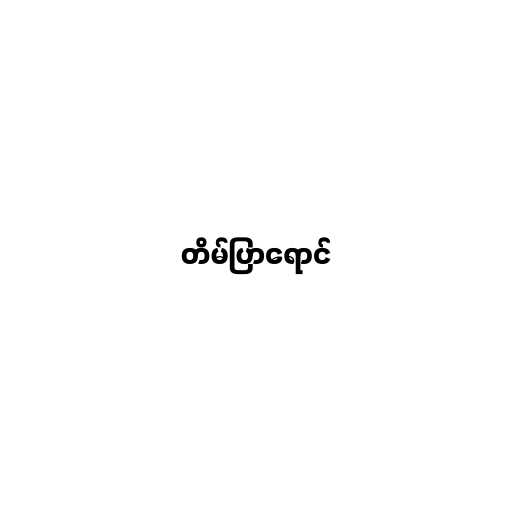
တိမ်ပြာရောင်